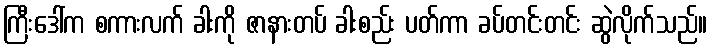
ကြီးဒေါ်က စကားလက် ခါးကို ဇာနားတပ် ခါးစည်း ပတ်ကာ ခပ်တင်းတင်း ဆွဲလိုက်သည်။